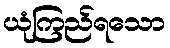
ယုံကြည်ရသော